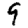
Digit: 9